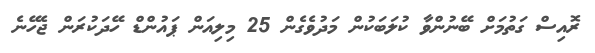
ރޮއިސް ގަތުމަށް ބޭނުންވާ ކުލަބަކުން މަދުވެގެން 25 މިލިއަން ޕައުންޑް ހޭދަކުރަން ޖެހޭނެ